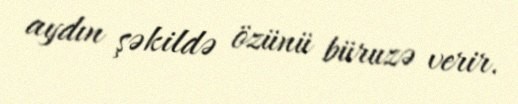
aydın şəkildə özünü büruzə verir.